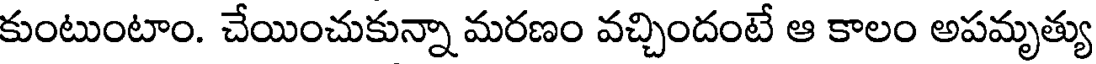
కుంటుంటాం. చేయించుకున్నా మరణం వచ్చిందంటే ఆ కాలం అపమృత్యు